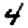
Digit: 4